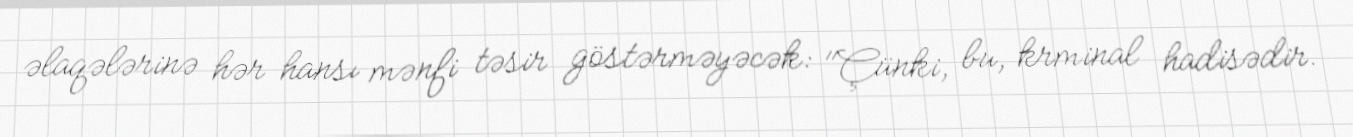
əlaqələrinə hər hansı mənfi təsir göstərməyəcək: "Çünki, bu, krminal hadisədir.